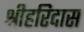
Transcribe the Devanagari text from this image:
श्रीहरिदास